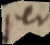
per